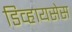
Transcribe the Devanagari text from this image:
डिव्हायसेस